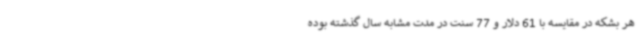
هر بشکه در مقایسه با 61 دلار و 77 سنت در مدت مشابه سال گذشته بوده